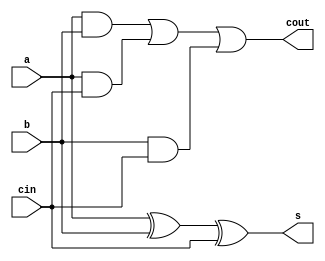
module adder1bit(a,b,cin,s,cout);
input a,b,cin;
output s,cout;

wire w1, w2, w3;

and( w1, a, b );
and( w2, a, cin );
and( w3, b, cin );
or( cout, w1, w2, w3 );

xor( s, a, b, cin );

endmodule